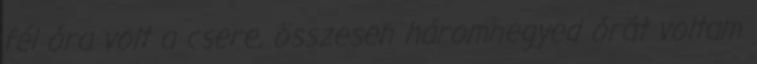
fél óra volt a csere, összesen háromnegyed órát voltam